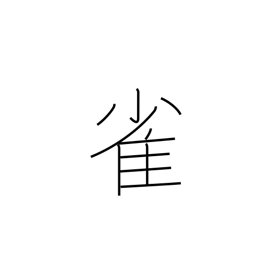
Meaning: sparrow